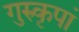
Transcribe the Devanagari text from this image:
गुरुकृपां